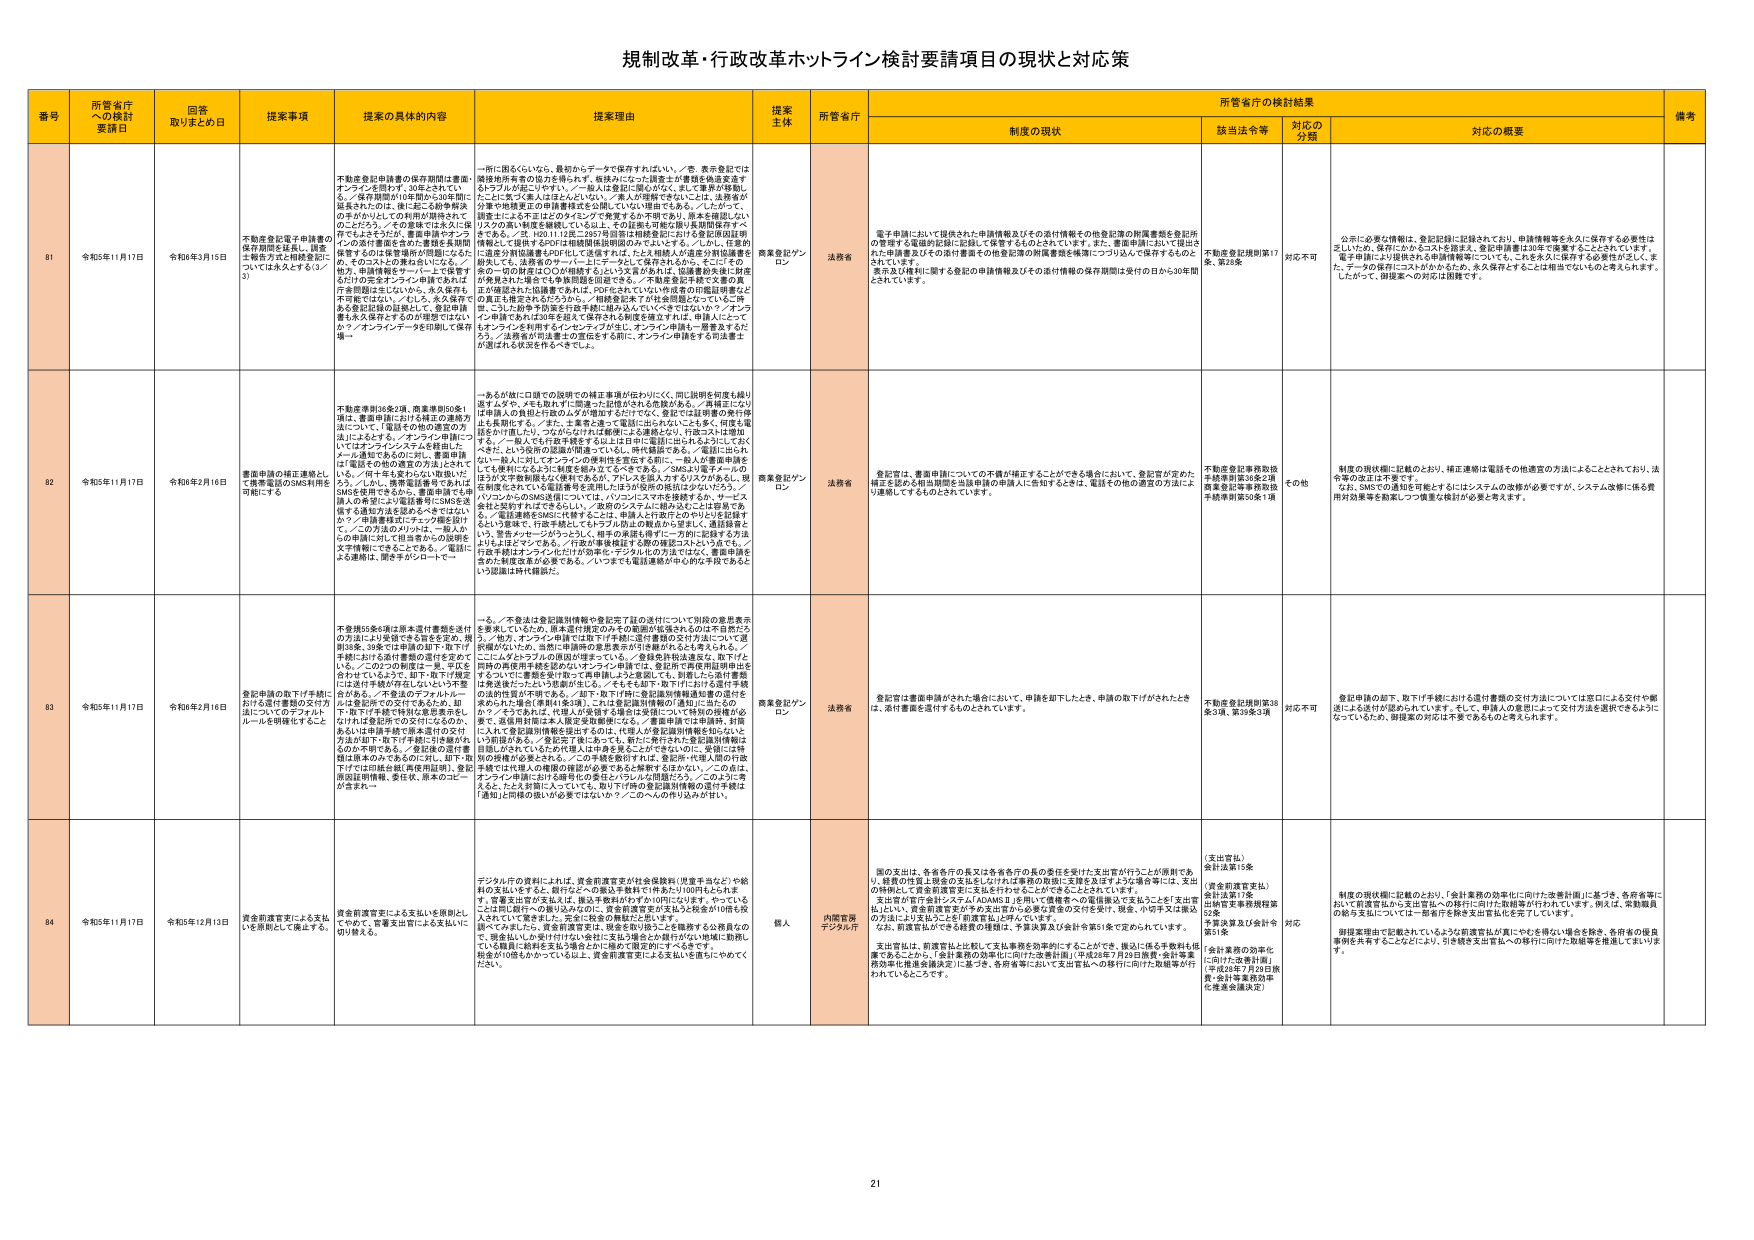
規制改革・行政改革ホットライン検討要請項目の現状と対応策

番号 所管省庁への検討要請日 回答取りまとめ日 提案事項 提案の具体的内容 提案理由 提案主体 所管省庁 制度の現状 所管省庁の検討結果 備考
該当法令等 対応の分類 対応の概要

81 令和5年11月17日 令和6年3月15日 不動産登記電子申請書の保存期間を延長し、請求手続方式と相談を並行についてお尋ねします（ノ3） 不動産登記申請書の保存期間は書面・オンラインを問わず30年とされてい る。「保存期間が10年間から30年間に延長されたのは、後に起こる紛争解決 の手がかりとしての利用が期待されて のことだろう。」その意味では大丈夫に保 存できると考えれば、書面申請のオン ラインの送付書面を含めた書類を長期間 保管するのは保管場所が問題になれば、 か、そのコストの理由も良いになる。／ 他方、申請情報はサーバー上で保管す るだけの完全オンライン申請であれば、 保存期間は正にないから、永久保存も 不可能ではない。「むしろ、永久保存で ある登記記録の記録として、登記申請 書も永久保存とするのが理想ではない か？オンラインデータを印刷して保存 場→ 一括に限るくらいなら、最初からデータで保存すれば良い。／要。表示登記では 被申請所等者の協力を得られる。依頼みになった調査とが書類を検索支援す るトラブルが起こりやすい。／本人は登記に限らないが、また書面が移動し たにしてもって本人は正としないという。「本人が理解できないことは、法務省が お手で検索支援の申請書作成を公開している」理解でもある。／したがって、 調査士による不正はどのタイミングで発覚するか不明であり、原本を確認しない リスクの高い制度を継続している以上、その証拠も可能な限り長期保管をすべ きである。／3. H20.11.13までの行政当局は機械登記における登記関係証明 情報として提供するPDFは機械関係証明用のみでよいとする。／しかし、任意的 に書面の情報は書面と対応している保有されるとすれば、申請人が書面を書面で 提出しても、法務省のサーバー上にデータとして保存されるから、そこにその 書面の記録は存在しCCの前提すらないリスクも存在した。記録書面と同一財産 が検索された証拠書であるが、PDF化されていない作成者の情報証明書など の裏王も冊子されるだろうから、「相続登記本7が持参期限となっている時 期、こうした紛争予防策を行政手続きに組み込んでいくべきではないか？／オン ライン申請であれば10年を超えて保存される制度を設立すれば、申請人にとって もオンラインを利用するインセンティブが生じ、オンライン申請も一層普及するだ ろう。／法務省が市法書士の窓口を「6割に、オンライン申請をする市法書士 が増える状況を生みやすくする」。 商業登記プ ロン 法務省 電子申請において提供された申請情報及びその添付情報その他登記簿の附属書類を登記所 の管理する電磁的記録に記録して保管するものとされています。また、書面申請において提出さ れた申請書及びその添付書面その他登記簿の附属書類を帳簿に一つづつ込んで保存するものと されています。 要求及び裁判に関する登記の申請情報及びその添付情報の保存期間は受付の日から30年間 とされています。 不動産登記規則第17 条、第28条 対応不可 公示に必要な情報は、登記記録に記録されており、申請情報等を永久に保存する必要性は 乏しいため、保存にかかるコストを踏まえ、登記申請書は30年で廃棄することとされています。 電子申請により提供される申請情報等についても、これを永久に保存する必要性が乏しく、ま た、データの保存にコストがかかります。永久保存とすることは相当でないものと考えられます。 したがって、御提案への対応は困難です。

82 令和5年11月17日 令和6年2月16日 書面申請の補正連絡として携帯電話のSMS利用を可能にする 不動産登記36条2項、商業登記50条1 項は、書面申請における補正の連絡方 法については、「電話その他の適切な方 法による」とする。／オンライン申請につ いてはオンラインシステムを経由し、 メール通知であるのにに対し、書面申請 は「電話その他の適当な方法」とされて いる。／「電子化を進めていない現状に は、SMSを活用できるか、書面申請でも申 請人への事前により電話番号にSMSを送 信する通知方法を認めるべきではない か？／申請書類はオンライン機能を設け て、この方法のメリットは、一般人か らの申請に対して担当者からの説明を 文字情報にできることである。／電話に よる連絡は、聞き手がシロートー 一あるが他に口頭での説明での補正事項が伝わらなく、同じ説明を何度も繰り 返すため、そもそも取らずに間違った記憶がされる危険がある。／再度正になり て申請人の負担が拡大しがち障害するだけではなく、登記では証明書の発行等 も長期化する。／また、土木者と違って電話に出られないことも多く、何度も電 話をかけ直したり、つながらなければ無駄にまた連絡となり、行政コストは増加 する。／一般人でも行政手続きする以上は日中に電話に出られるようにしてお くべきだ。より効率の意識が間違っているし、時代遅れである。／電話に出られ ない一般に対してオンラインの説明を設定する前に、一般人が書面申請を しても便利になるように制度を組み立てるべきである。／SMSより電子メールの ほうが文字符号がすばやく伝わるし、／登録のシステムに組み込むことは容易であ る。／電話連絡をSMSに代替することは、申請人だけ取得とのやりとりを記録す るという意味で、行政手続きとしてトラブル防止の観点から望ましく、通信料金と いう、警告メッセージがうっとうしく、相手の承諾も得ず一方向に記録する方法 よりもよほどマシである。／行政が事後検証する際の確認コストも小さく、／ 行政手続はオンライン化だけが効率化・デジタル化の方法ではなく、書面申請を 含めた制度改革が必要である。／いつまでも電話連絡が中心的な手段であると いう認識は時代錯誤だ。 商業登記プ ロン 法務省 登記官は、書面申請についての不備が補正することができる場合において、登記官が定めた 補正を認める相当期間を当該申請の申請人に告知するときは、電話その他の適宜の方法によ り連絡しているものとされています。 不動産登記事務取扱 手続等則第30条2項 商業登記等事務取扱 手続準則第50条1項 その他 制度の現状欄に記載のとおり、補正連絡は電話その他適宜の方法によることとされており、法 令等の改正は不要です。 なお、SMSでの通知を可能とするにはシステムの改修が必要ですが、システム改修に係る費 用対効果等を勘案しつつ慎重な検討が必要と考えます。

83 令和5年11月17日 令和6年2月16日 登記申請の取下げ手続における送付書類の交付方法についてのデジタルルールを明確化すること 不動産55条2項は原本送付書類を送付 の方法により受領できる旨を定め、規 則3条、38条では申請の取下げ・取下げ 手続における送付書類の送付を定めて いる。／この2つの法規は二重、矛盾を 含ませているようだ。却下・取下げ規定 には送付手続が存在しないという矛盾 がわかる。／不登記のデジタルルール には登記所での交付であるため、却 下・取下げ手続で特に意思表示をし なければ登記所での交付になったのか、 あるいは申請手続で原本送付の交付 方法が却下・取下げ手続に引き継がれ るのか不明である。／登記者の送付書 類が原本のみであるのが二重、却下・取 下げでは印紙料は、再使用証明、登記 原始証明書類、委任状、原本のコピー が全まわ→ 一も、／不登は登記識別情報や登記完了証の送付について別段の意思表示 を要求しているため、原本送付規定のみの範囲が妥当されるのは不自然だろ う。／他方、オンライン申請では取下げ手続に送付書類の交付方法について通 知書がないため、当然に申請時の意思表示が後続されることも考えられる。／ ここにメンオフランの原因が埋まっている。／登録免許税は違法な、取下げと 同時の再度用手続を認めないオンライン申請では、登記所で再度用証明料は必 要な法律にしたという結果が出るし、／そもそも却下・取下げにおける送付手続 の法的性質が不明である。／却下・取下げ時に登記識別情報通知書の送付を 求めたにも増える（書類は3条1項）。これは登記識別情報の「通知」に当たるの か？／そうであれば、代理人が申請する場合も受理について特別の措置が必 要で、送信用印面は本人限定受取郵便になる。／書面申請では申請時、封筒 に入れて登記識別情報を送付するのは、代理人が登記識別情報を知らないと いう前提がある。／登記完了後にあっても、新たに発行された登記識別情報は 印面しかされていないが代理人は申請を承ることができないのに、実際には特 別の説明が必要とされる。／この点が取下げ時は、登記所に代理人間の合意 手続では代理人の権限の確認が必要であると解釈するほかない。／この点は、 オンライン申請における権限化の多さより「うしは問題だろう。／このように考 えると、たとえ封筒に入っていても、取下げ時に登記識別情報の送付手続は 「通知」と同様の扱いが必要ではないか？／このへんの作り込みが甘い。 商業登記プ ロン 法務省 登記官は書面申請がされた場合において、申請を却下したとき、申請の取下げがされたとき は、添付書面を送付するものとされています。 不動産登記規則第30 条3項、第38条3項 対応不可 登記申請の却下、取下げ手続における送付書類の交付方法については窓口による交付や郵 送による送付が認められています。そして、申請人の意思によって交付方法を選択できるように なっているため、御提案の対応は不要であるものと考えられます。

84 令和5年11月17日 令和5年12月13日 資金前渡官吏による支払いを原則として廃止する。 資金前渡官吏による支払いを原則とし てやめて、官署支出による支払いに 切り替える。 デジタル庁の資料によれば、資金前渡官吏が社会保険料（児童手当など）や給 料の支払いをするが、執行などへの委託手数料で1件あたり100円とされる。 また、官署支出が支払いは、振込手数料がわずか10円になります。やっている ことは同じ銀行への振り込みなのに、資金前渡官吏が支払う比検査が10倍も投 資されている背景とは、完全に官署支出に切り替えられる。 個人 内閣官房 デジタル庁 国の支出は、各省庁の長又は各省各庁の長の委任を受けた支出官が行うことが原則であ り、経費の性質上現金の支払をしなければ業務の取扱に支障を及ぼすような場合等には、支出 の特例として資金前渡官吏に支払を付与させることができることとされています。 支出官が「官庁会計システム「ADAMSⅡ」を用いて連絡者への電信振込で支払うことを「支出官 払い」とし、資金前渡官吏が予あ支出官から必要な資金の交付を受け、現金、小切手又は振込 の方法により支払うことを「前渡官払」と呼んでいます。 なお、前渡官払ができる経費の種類は、予算決算及び会計令第51条で定められています。 支出官払は、前渡官払と比較して支払事務を効率的に行うことができる、振込に係る手数料も削 減できることから、「会計業務の効率化に向けた改革計画」（平成28年7月26日閣議「会計等事 務効率化推進会議決定」に基づき、各省各庁において支出官払への移行に向けた取組等が行 われているところです。 （支出官払） 会計法第15条 （資金前渡官吏払） 会計法第17条 出納官吏事務規程第 52条 予算決算及び会計令 第51条 対応 「会計業務の効率化 に向けた改革計画」 （平成28年7月26日閣 議、会計等事務効率 化推進会議決定） 制度の現状欄に記載のとおり、「会計業務の効率化に向けた改革計画」に基づき、各省各庁に おいて前渡官払から支出官払への移行に向けた取組等が行われています。例えば、常勤職員 の給与支払については一部省庁を除き支出官払化を完了しています。 御提案理由に記載されているような前渡官払が「実にやむを得ない場合を除き、各省省の国庫 事例を共有することなどにより、引き続き支出官払への移行に向けた取組等を推進してまいりま す。

21